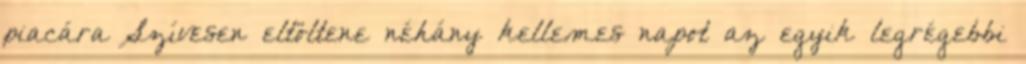
piacára Szívesen eltöltene néhány kellemes napot az egyik legrégebbi